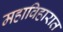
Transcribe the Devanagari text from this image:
महाविहारात